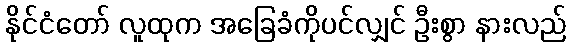
နိုင်ငံတော် လူထုက အခြေခံကိုပင်လျှင် ဦးစွာ နားလည်